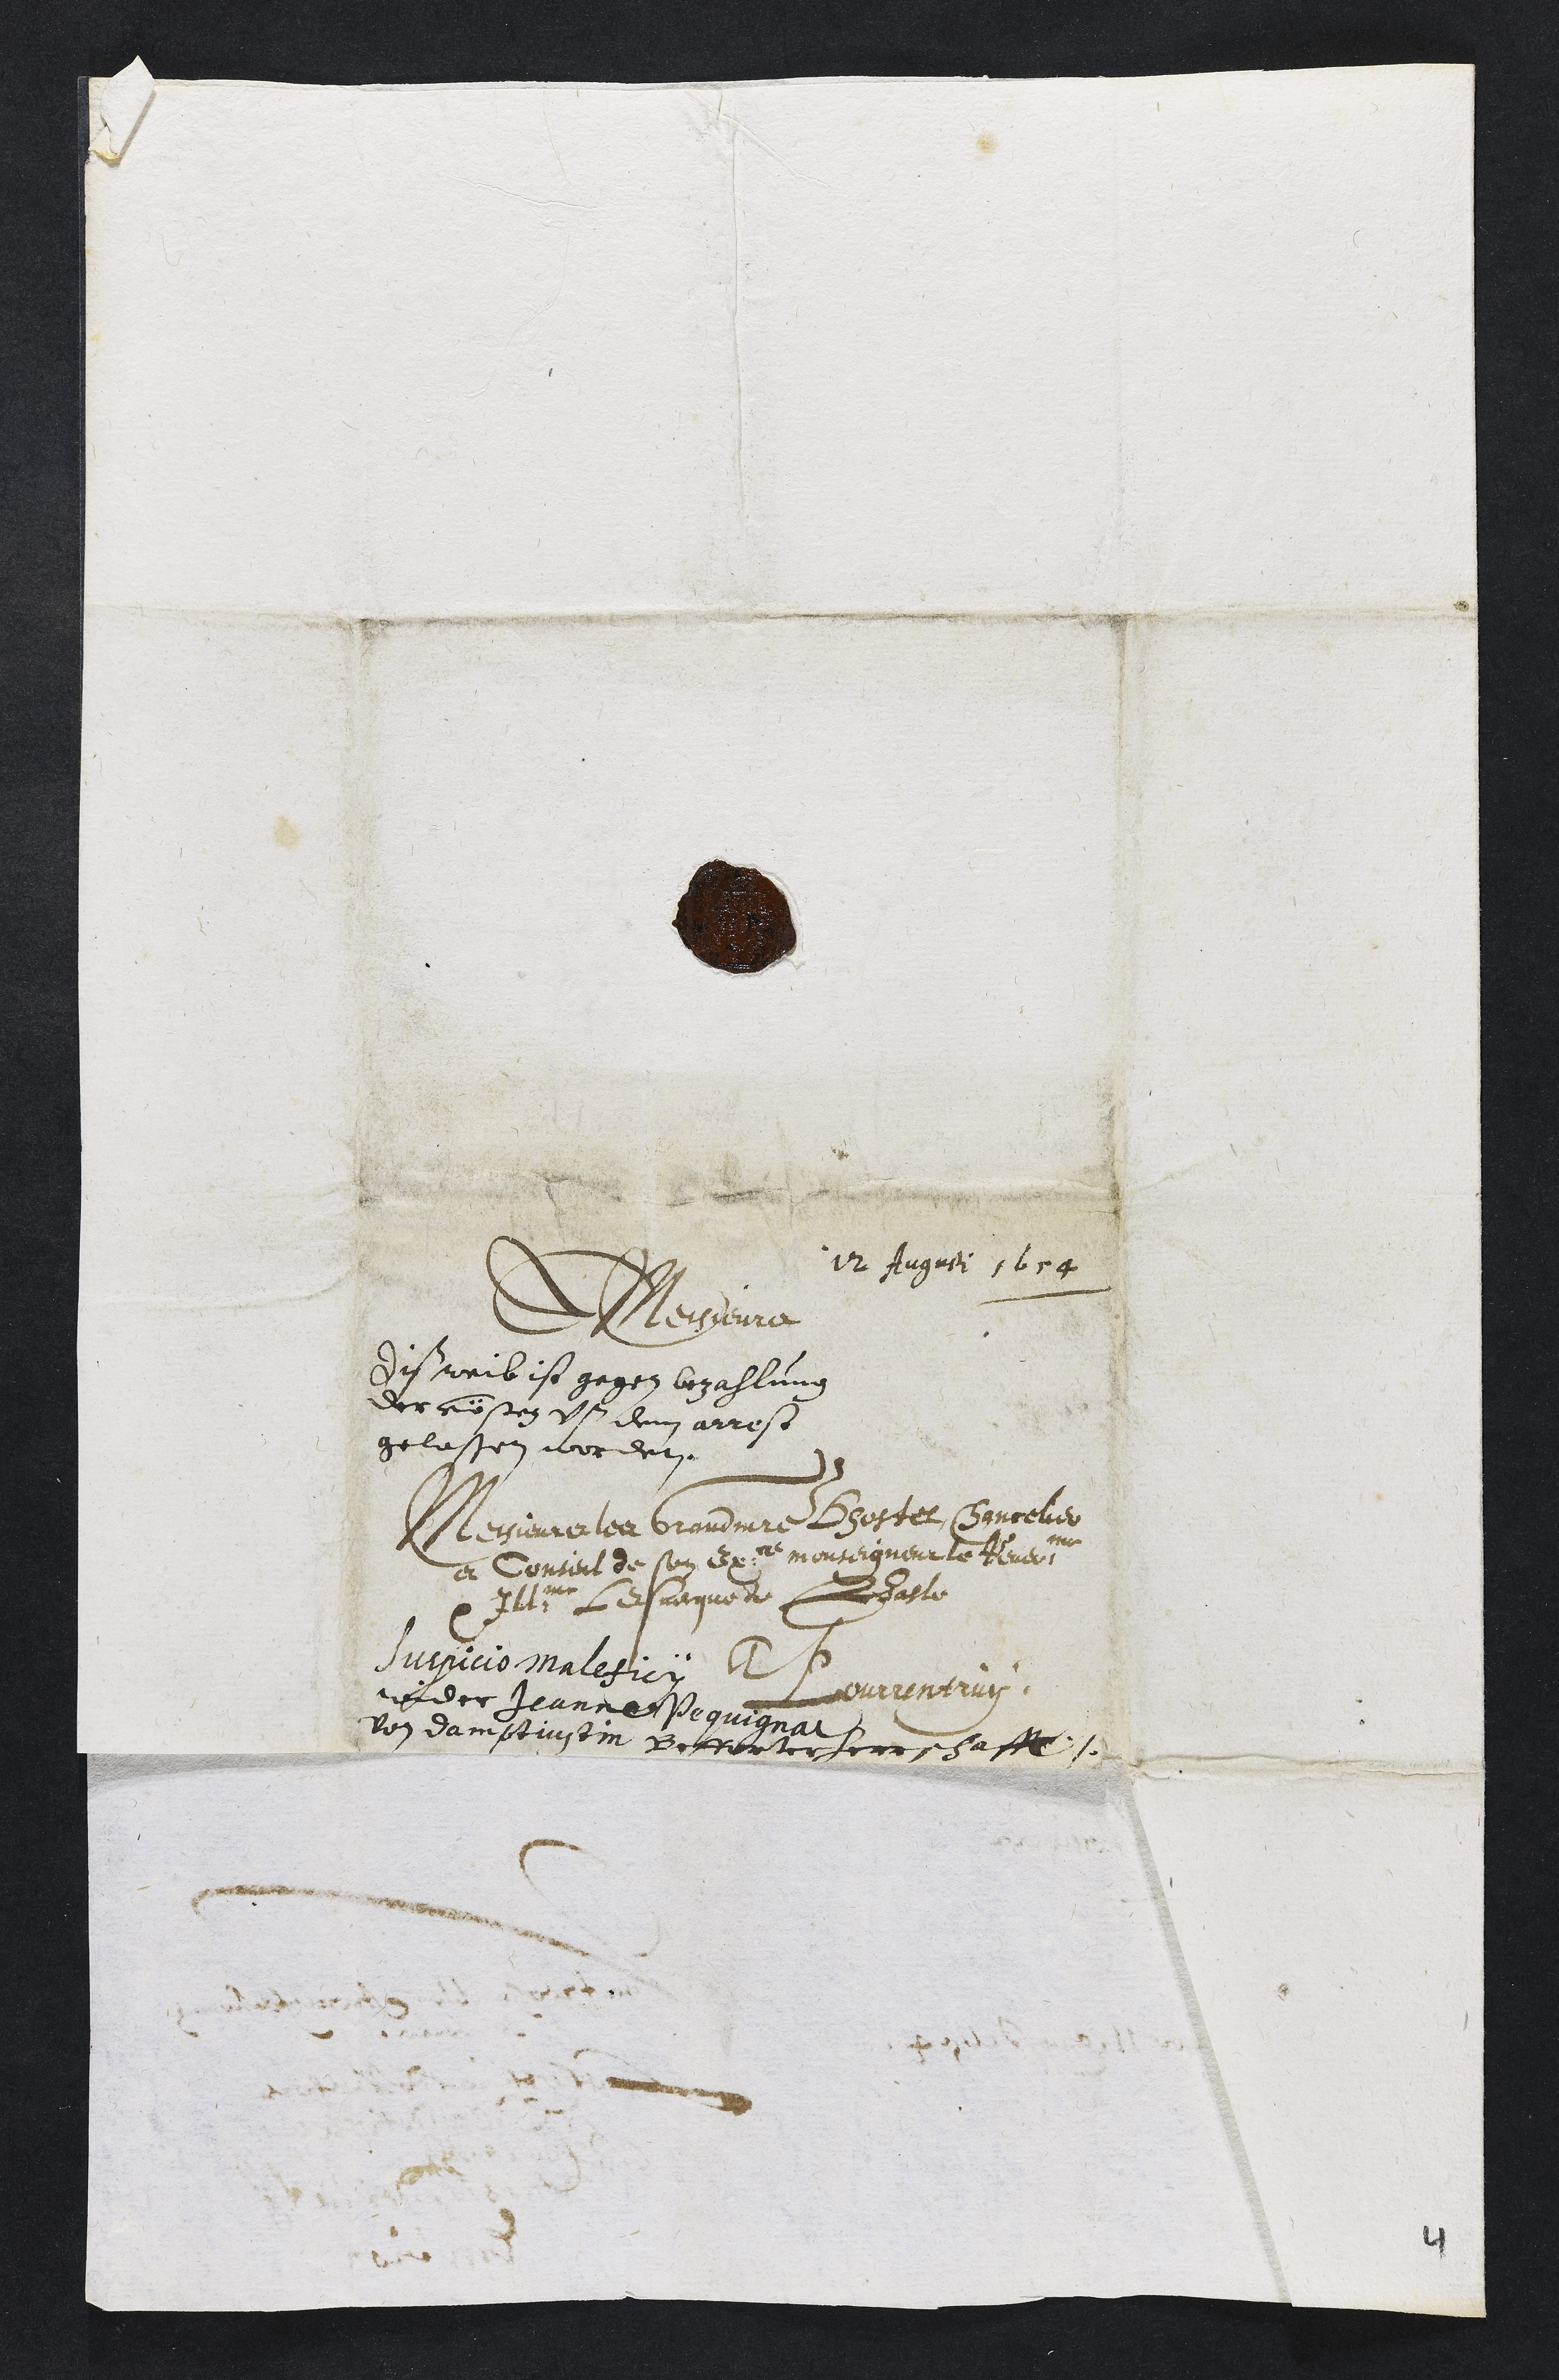
12 Augusti 1654
Messieurs
Diss weib ist gegen bezahlung
der cössten uss dem arrest
gelassen worden.
Messieurs les Grand maistre dhostel, Chancelier
et Conseil de son Excellence monseigneur le Reverendissime
Illustrissime lesveque de Basle
A
Pourrentruy.
Suspicio maleficy
wider Jeanne Pequignat
von Damptjustin Befforter herrschafft.